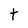
Character: t